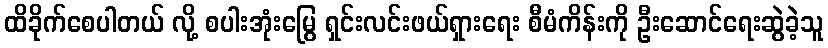
ထိခိုက်စေပါတယ် လို့ စပါးအုံးမြွေ ရှင်းလင်းဖယ်ရှားရေး စီမံကိန်းကို ဦးဆောင်ရေးဆွဲခဲ့သူ